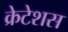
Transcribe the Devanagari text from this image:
क्रेटेशस